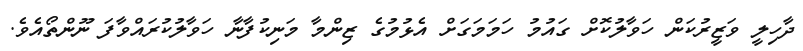
ދާހިލީ ވަޒީރުކަން ހަވާލުކޮށް ގައުމު ހަމަމަގަށް އެޅުމުގެ ޒިންމާ މަނިކުފާނާ ހަވާލުކުރައްވާފަ ނޫންތޯއެވެ.